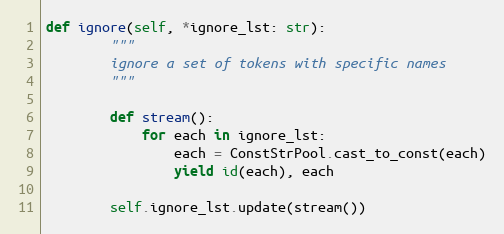
Language: Python
def ignore(self, *ignore_lst: str):
        """
        ignore a set of tokens with specific names
        """

        def stream():
            for each in ignore_lst:
                each = ConstStrPool.cast_to_const(each)
                yield id(each), each

        self.ignore_lst.update(stream())